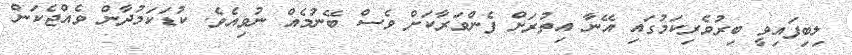
ލިބިފައިވީ ބިރުވެރިކަމުގައި އޭނާ އިތުރަށް ފެންވަރާކަށް ވެސް ބޭނުމެއް ނުވިއެވެ. ކުޑަކަމުދާން ވެއްޖެކަން